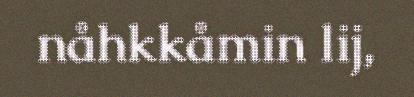
nåhkkåmin lij,